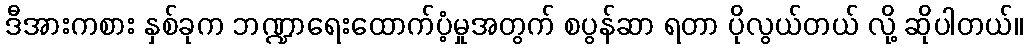
ဒီအားကစား နှစ်ခုက ဘဏ္ဍာရေးထောက်ပံ့မှုအတွက် စပွန်ဆာ ရတာ ပိုလွယ်တယ် လို့ ဆိုပါတယ်။